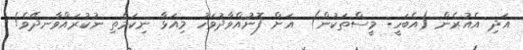
އަދި އެއުރެން (އެބަހީ: މީސްތަކުން)  އަށް ފޮނުއްވާދުވަހު މިއަޅާ ނިކަމެތި ނުކުރައްވާނދޭވެ!